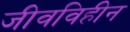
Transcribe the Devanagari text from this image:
जीवविहीन